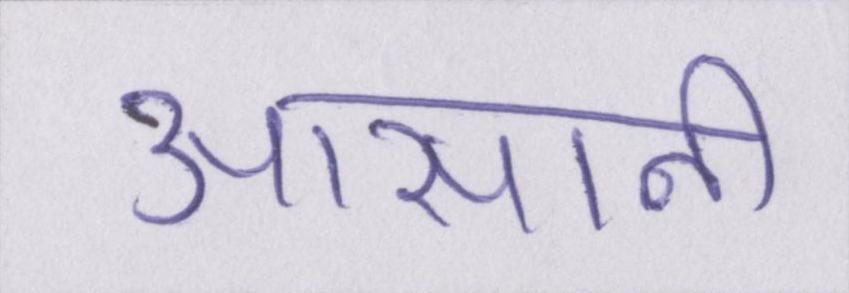
आसानी